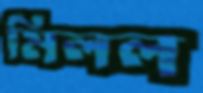
মিলল